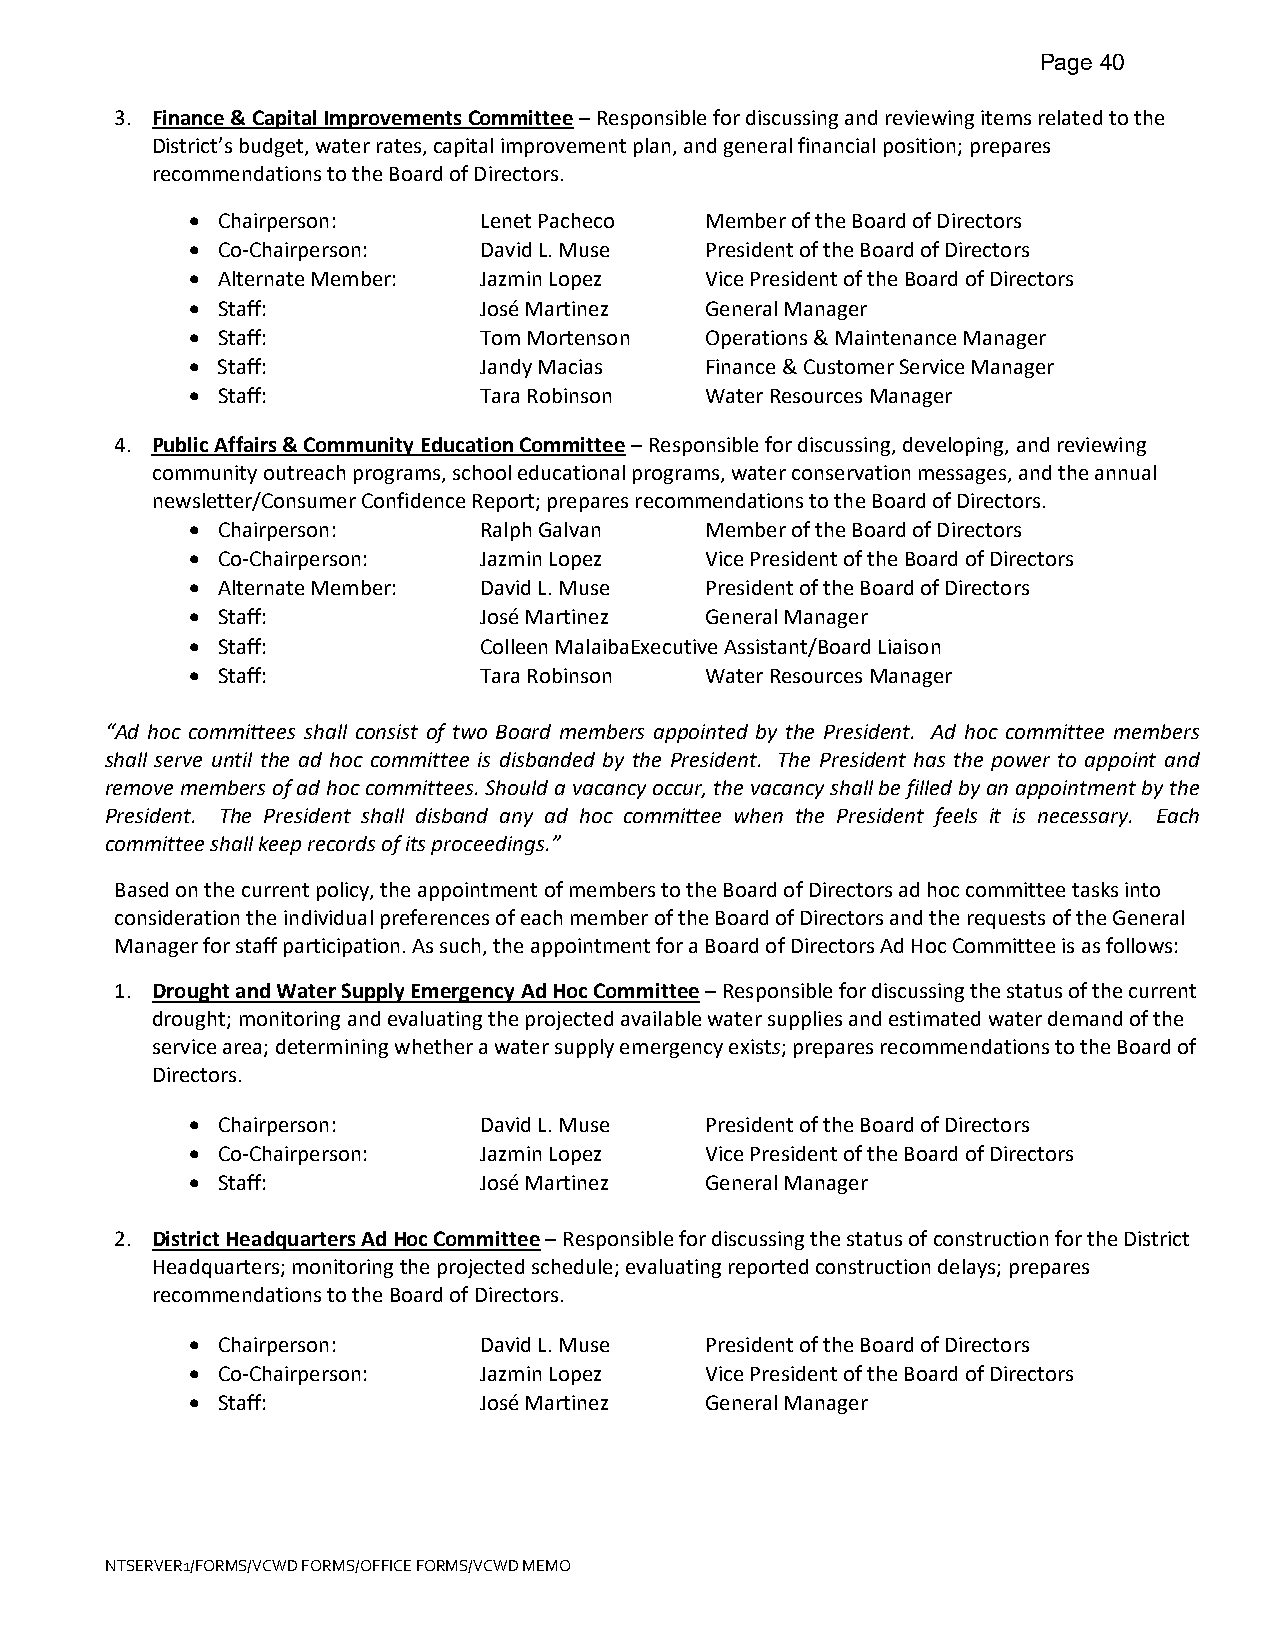
Page 40
 3. Finance & Capital Improvements Committee – Responsible for discussing and reviewing items related to the
 District’s budget, water rates, capital improvement plan, and general financial position; prepares
 recommendations to the Board of Directors.
 • Chairperson:     Lenet Pacheco  Member of the Board of Directors
 • Co-Chairperson:  David L. Muse  President of the Board of Directors
 • Alternate Member: Jazmin Lopez  Vice President of the Board of Directors
 • Staff:           José Martinez  General Manager
 • Staff:           Tom Mortenson  Operations & Maintenance Manager
 • Staff:           Jandy Macias   Finance & Customer Service Manager
 • Staff:           Tara Robinson  Water Resources Manager
 4. Public Affairs & Community Education Committee – Responsible for discussing, developing, and reviewing
 community outreach programs, school educational programs, water conservation messages, and the annual
 newsletter/Consumer Confidence Report; prepares recommendations to the Board of Directors.
 • Chairperson:     Ralph Galvan   Member of the Board of Directors
 • Co-Chairperson:  Jazmin Lopez   Vice President of the Board of Directors
 • Alternate Member: David L. Muse President of the Board of Directors
 • Staff:           José Martinez  General Manager
 • Staff:           Colleen Malaiba Executive Assistant/Board Liaison
 • Staff:           Tara Robinson  Water Resources Manager
 “Ad hoc committees shall consist of two Board members appointed by the President. Ad hoc committee members
 shall serve until the ad hoc committee is disbanded by the President. The President has the power to appoint and
 remove members of ad hoc committees. Should a vacancy occur, the vacancy shall be filled by an appointment by the
 President. The President shall disband any ad hoc committee when the President feels it is necessary. Each
 committee shall keep records of its proceedings.”
 Based on the current policy, the appointment of members to the Board of Directors ad hoc committee tasks into
 consideration the individual preferences of each member of the Board of Directors and the requests of the General
 Manager for staff participation. As such, the appointment for a Board of Directors Ad Hoc Committee is as follows:
 1. Drought and Water Supply Emergency Ad Hoc Committee – Responsible for discussing the status of the current
 drought; monitoring and evaluating the projected available water supplies and estimated water demand of the
 service area; determining whether a water supply emergency exists; prepares recommendations to the Board of
 Directors.
 • Chairperson:     David L. Muse  President of the Board of Directors
 • Co-Chairperson:  Jazmin Lopez   Vice President of the Board of Directors
 • Staff:           José Martinez  General Manager
 2. District Headquarters Ad Hoc Committee – Responsible for discussing the status of construction for the District
 Headquarters; monitoring the projected schedule; evaluating reported construction delays; prepares
 recommendations to the Board of Directors.
 • Chairperson:     David L. Muse  President of the Board of Directors
 • Co-Chairperson:  Jazmin Lopez   Vice President of the Board of Directors
 • Staff:           José Martinez  General Manager
 NTSERVER1/FORMS/VCWD FORMS/OFFICE FORMS/VCWD MEMO